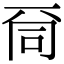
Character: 𠀹